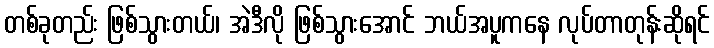
တစ်ခုတည်း ဖြစ်သွားတယ်၊ အဲဒီလို ဖြစ်သွားအောင် ဘယ်အပူကနေ လုပ်တာတုန်းဆိုရင်